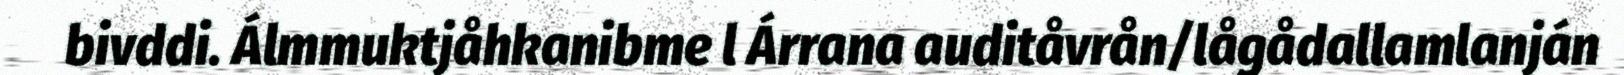
bivddi. Álmmuktjåhkanibme l Árrana auditåvrån/lågådallamlanján